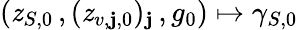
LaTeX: (\mathit{z}_{S,0}\, ,(\mathit{z}_{v,\mathbf{j},0})_{\mathbf{j}}\, ,g_{0})\mapsto\gamma_{S,0}